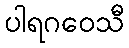
ပါရဂဝေသီ